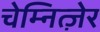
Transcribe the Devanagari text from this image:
चेम्नित्ज़ेर